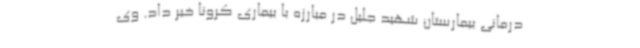
درمانی بیمارستان شهید جلیل در مبارزه با بیماری کرونا خبر داد. وی